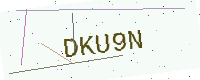
Text: DKU9N